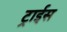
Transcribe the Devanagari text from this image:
ट्राईस